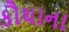
કૌચાના